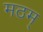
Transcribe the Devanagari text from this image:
मठम्